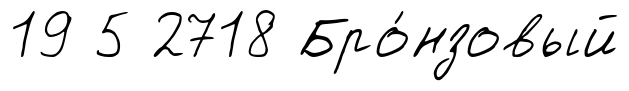
19 5 2718 Бро́нзовый